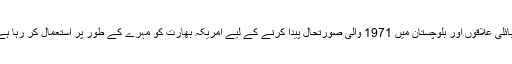
قبائلی علاقوں اور بلوچستان میں 1971 والی صورتحال پیدا کرنے کے لیے امریکہ بھارت کو مہرے کے طور پر استعمال کر رہا ہے۔